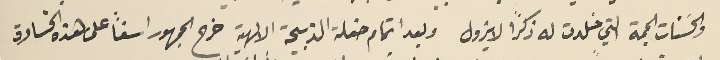
والحسَنات الجمة التي خلدت له ذكراً لا يزول وبعد اتمام حفلة الذبيحة الالهية خرج الجمهور اسفاً على هذه الخسارة